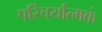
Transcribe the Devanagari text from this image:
परिचर्यात्मकं